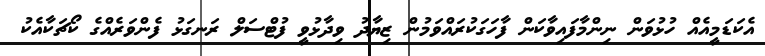
އެކަޑަމީއެއް ހުޅުވަން ނިންމާފައިވާކަން ފާހަގަކުރައްވަމުން ޒިޔާދު ވިދާޅުވީ ފުޓްސަލް ރަނގަޅު ފެންވަރެއްގެ ކޯޗަކާއެކު